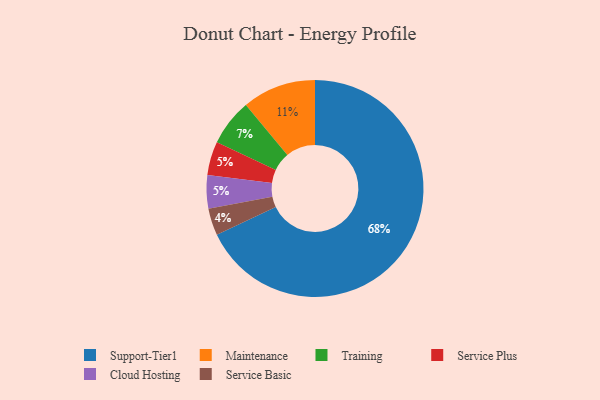
{"axis": {"x": "Category", "y": "Percentage"}, "legend": ["Cloud Hosting", "Maintenance", "Service Basic", "Service Plus", "Support-Tier1", "Training"], "data": [{"x": "Service Basic", "y": 4, "type": "Service Basic"}, {"x": "Service Plus", "y": 5, "type": "Service Plus"}, {"x": "Cloud Hosting", "y": 5, "type": "Cloud Hosting"}, {"x": "Support-Tier1", "y": 68, "type": "Support-Tier1"}, {"x": "Maintenance", "y": 11, "type": "Maintenance"}, {"x": "Training", "y": 7, "type": "Training"}]}